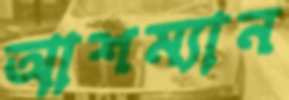
আশম্যান